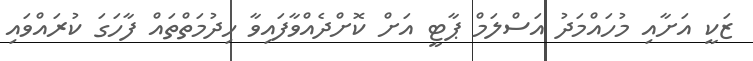
ޒަކީ އަށާއި މުހައްމަދު އަސްލަމް ޕާޓީ އަށް ކޮށްދެއްވާފައިވާ ހިދުމަތްތައް ފާހަގަ ކުރައްވައި